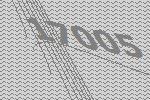
17005